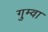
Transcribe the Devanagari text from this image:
गुम्वा